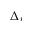
\Delta _ { r }